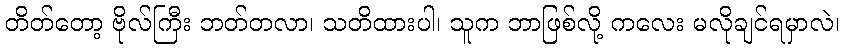
တိတ်တော့ ဗိုလ်ကြီး ဘတ်တလာ၊ သတိထားပါ၊ သူက ဘာဖြစ်လို့ ကလေး မလိုချင်ရမှာလဲ၊